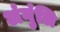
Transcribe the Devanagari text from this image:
अंगुंलि